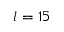
l = 1 5